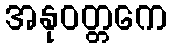
အနုဝတ္တကေ